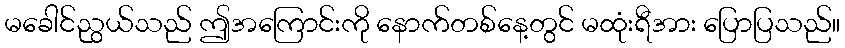
မခေါင်ညွယ်သည် ဤအကြောင်းကို နောက်တစ်နေ့တွင် မထုံးရီအား ပြောပြသည်။